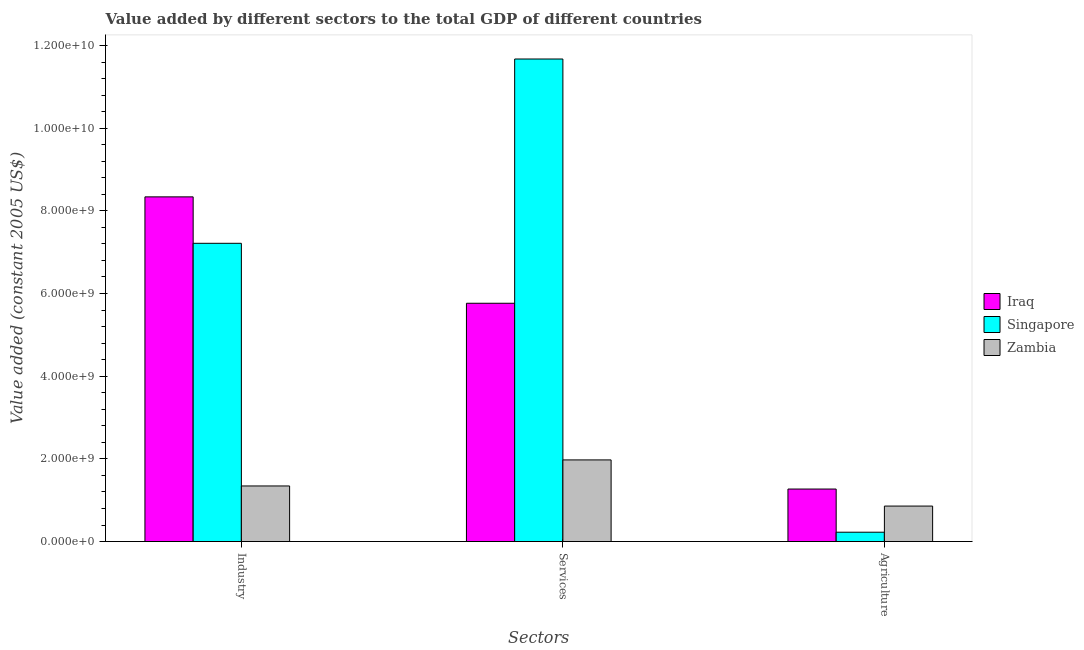
| Sectors | Iraq | Singapore | Zambia |
 | --- | --- | --- | --- |
 | Industry | 8.34e+09 | 7.21e+09 | 1.34e+09 |
 | Services | 5.76e+09 | 1.17e+10 | 1.97e+09 |
 | Agriculture | 1.27e+09 | 2.26e+08 | 8.58e+08 |